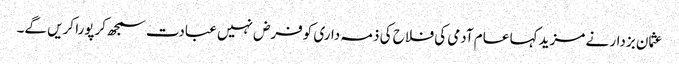
عثمان بزدار نے مزید کہا عام آدمی کی فلاح کی ذمہ داری کوفرض نہیں عبادت سمجھ کرپورا کریں گے۔